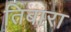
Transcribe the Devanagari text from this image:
तिबारा